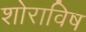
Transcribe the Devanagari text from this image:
शोराविष